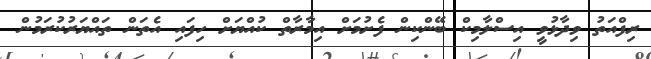
ރިފްއަތު ވިދާޅުވީ އިސްލާމިކް ބޭންކިން ފެށުމަށް އިމާރާތް ކުއްޔަށް ހިފައި އެތަން ތައްޔަރުކުރަމުން